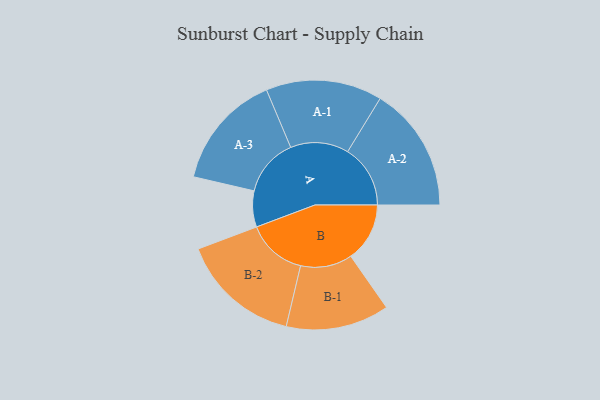
{"axis": {"x": "Segment", "y": "Value"}, "legend": ["", "A", "B"], "data": [{"x": "A", "y": 134, "type": ""}, {"x": "B", "y": 219, "type": ""}, {"x": "A-1", "y": 216, "type": "A"}, {"x": "A-2", "y": 233, "type": "A"}, {"x": "A-3", "y": 215, "type": "A"}, {"x": "B-1", "y": 192, "type": "B"}, {"x": "B-2", "y": 223, "type": "B"}]}